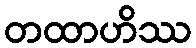
တထာဟိဿ